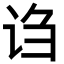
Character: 诌